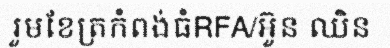
រួមខែត្រកំពង់ធំRFA/អ៊ួន ឈិន